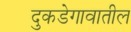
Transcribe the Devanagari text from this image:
दुकडेगावातील